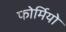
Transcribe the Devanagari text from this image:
फोर्मियो